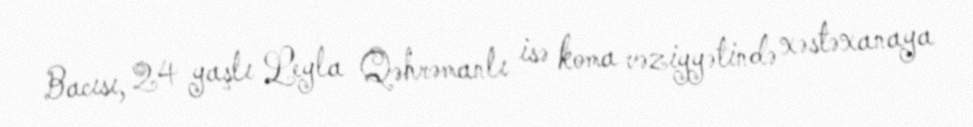
Bacısı, 24 yaşlı Leyla Qəhrəmanlı isə koma vəziyyətində xəstəxanaya